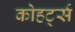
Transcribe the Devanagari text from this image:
कोहर्ट्स